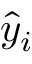
\hat { y } _ { i }